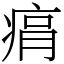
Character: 㾓